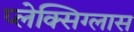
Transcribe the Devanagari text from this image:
प्लेक्सिग्लास